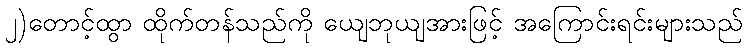
၂)တောင့်ထွာ ထိုက်တန်သည်ကို ယျေဘုယျအားဖြင့် အကြောင်းရင်းများသည်